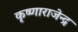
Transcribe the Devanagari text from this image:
कृष्णाराजेन्द्र